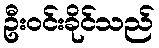
ဦးဝင်းခိုင်သည်